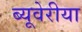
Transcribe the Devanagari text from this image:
ब्‍यूवेरीया